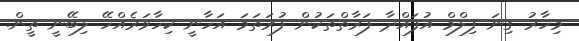
މިހާރު ގިނަ ފިލްމް އުފައްދާ ފަރާތްތަކުން ފުރަތަމަ އަހާނީ ކިހާވަރެއްހޭ ލިބޭނީ ތީން.